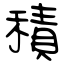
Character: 積